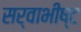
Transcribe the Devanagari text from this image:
सर्वाभीष्ट